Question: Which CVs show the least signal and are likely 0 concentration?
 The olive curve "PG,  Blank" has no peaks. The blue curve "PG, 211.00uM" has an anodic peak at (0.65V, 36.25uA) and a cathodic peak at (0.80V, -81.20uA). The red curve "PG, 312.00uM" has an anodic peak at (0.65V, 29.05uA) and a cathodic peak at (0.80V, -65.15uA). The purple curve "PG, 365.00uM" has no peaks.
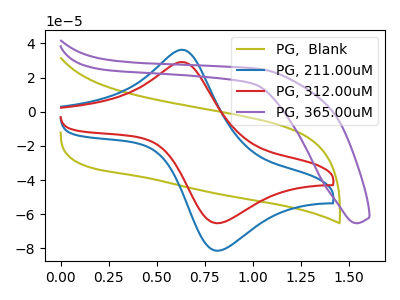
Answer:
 <answer>"PG,  Blank" and "PG, 365.00uM" are likely to be blanks.</answer>
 <eval>"PG,  Blank", "PG, 365.00uM"</eval>